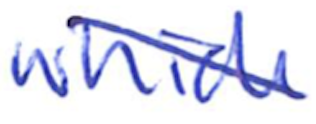
Text: which
Cross-out: mix
Writing tool: ballpoint